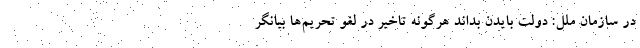
در سازمان ملل: دولت بایدن بداند هرگونه تاخیر در لغو تحریم‌ها بیانگر